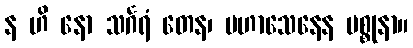
န ဟိ နော သင်္ဂရံ တေန၊ မဟာသေနေန မစ္စုနာ။